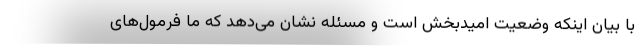
با بیان اینکه وضعیت امیدبخش است و مسئله نشان می‌دهد که ما فرمول‌های